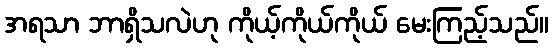
အရသာ ဘာရှိသလဲဟု ကိုယ့်ကိုယ်ကိုယ် မေးကြည့်သည်။